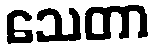
သေတာ